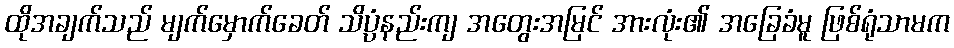
ထိုအချက်သည် မျက်မှောက်ခေတ် သိပ္ပံနည်းကျ အတွေးအမြင် အားလုံး၏ အခြေခံမူ ဖြစ်ရုံသာမက